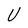
Character: U